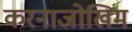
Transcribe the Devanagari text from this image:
करनाजोखिम